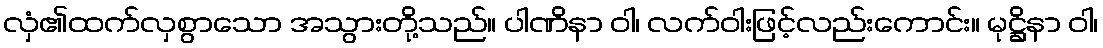
လှံ၏ထက်လှစွာသော အသွားတို့သည်။ ပါဏိနာ ဝါ၊ လက်ဝါးဖြင့်လည်းကောင်း။ မုဋ္ဌိနာ ဝါ၊